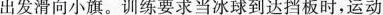
出发滑向小旗。训练要求当冰球到达挡板时，运动